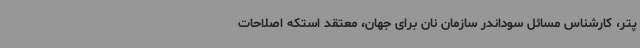
پتر، کارشناس مسائل سوداندر سازمان نان برای جهان، معتقد استکه اصلاحات